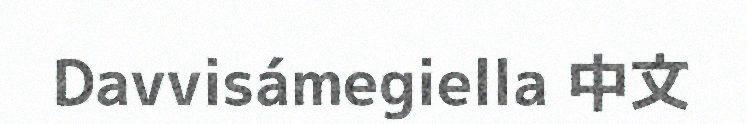
Davvisámegiella 中文